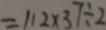
= 1 1 2 \times 3 7 \div 2